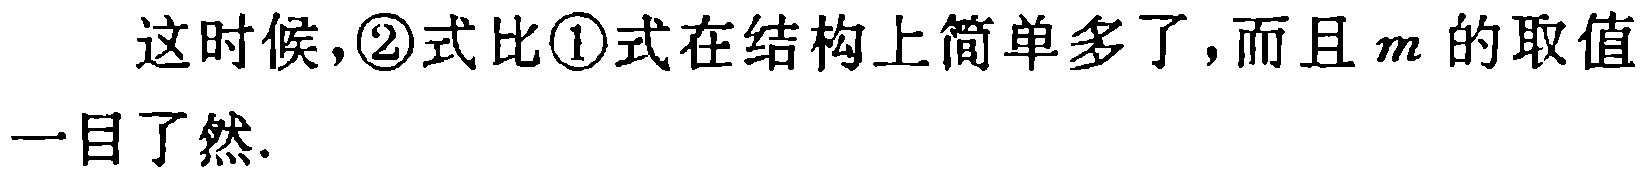
这时候,\textcircled{2}式比\textcircled{1}式在结构上简单多了,而且 \(m\) 的取值一目了然.